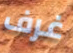
غرف